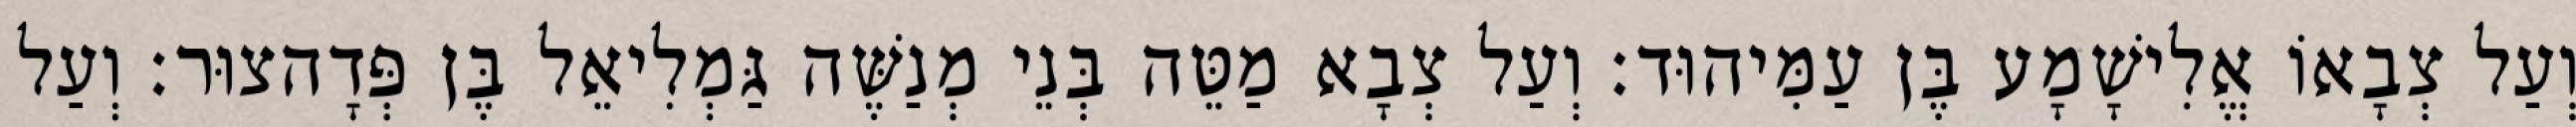
וְעַל צְבָאוֹ אֱלִישָׁמָע בֶּן עַמִּיהוּד׃ וְעַל צְבָא מַטֵּה בְּנֵי מְנַשֶּׁה גַּמְלִיאֵל בֶּן פְּדָהצוּר׃ וְעַל